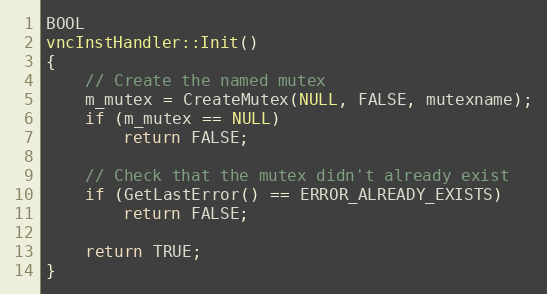
Language: C++
BOOL
vncInstHandler::Init()
{
	// Create the named mutex
	m_mutex = CreateMutex(NULL, FALSE, mutexname);
	if (m_mutex == NULL)
		return FALSE;

	// Check that the mutex didn't already exist
	if (GetLastError() == ERROR_ALREADY_EXISTS)
		return FALSE;

	return TRUE;
}